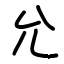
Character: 允